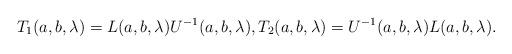
LaTeX: \begin{align*}T_1(a,b,\lambda)=L(a,b,\lambda)U^{-1}(a,b,\lambda),T_2(a,b,\lambda)=U^{-1}(a,b,\lambda)L(a,b,\lambda).\end{align*}